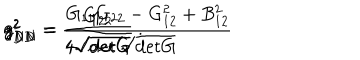
g _ { N N } ^ { 2 } = \frac { G _ { 1 1 } G _ { 2 2 } - G _ { 1 2 } ^ { 2 } + B _ { 1 2 } ^ { 2 } } { \sqrt { \mathrm { d e t } G } } \hspace { 2 c m } g _ { D N } ^ { 2 } = \frac { G _ { 2 2 } } { 4 \sqrt { \mathrm { d e t } G } } \hspace { 2 c m } g _ { D D } ^ { 2 } = \frac { 1 } { 4 \sqrt { \mathrm { d e t } G } } \ .